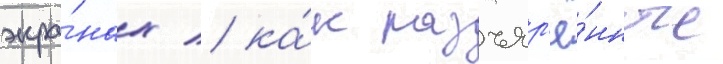
экра́нах / ка́к разъяр'ё́нные